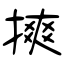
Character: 摤